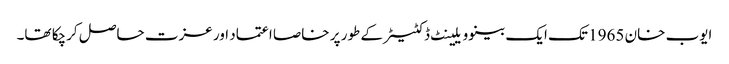
ایوب خان 1965 تک ایک بینوویلینٹ ڈکٹیٹر کے طور پر خاصا اعتماد اور عزت حاصل کرچکا تھا۔